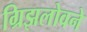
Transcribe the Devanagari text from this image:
ग्रिझलोवने